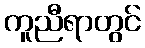
ကူညီရာတွင်